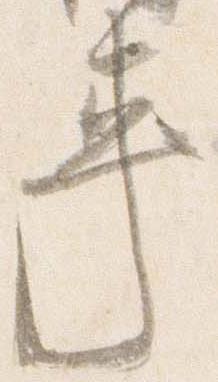
車